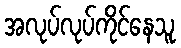
အလုပ်လုပ်ကိုင်နေသူ